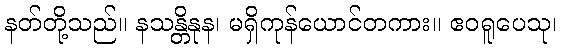
နတ်တို့သည်။ နသန္တိနုန၊ မရှိကုန်ယောင်တကား။ ဧဝရူပေသု၊